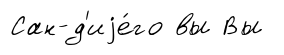
Сан-д'иjе́го вы Вы